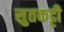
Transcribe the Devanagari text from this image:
सुतकट्टी